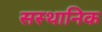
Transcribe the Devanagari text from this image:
सस्थानिक